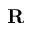
\mathbf { R }